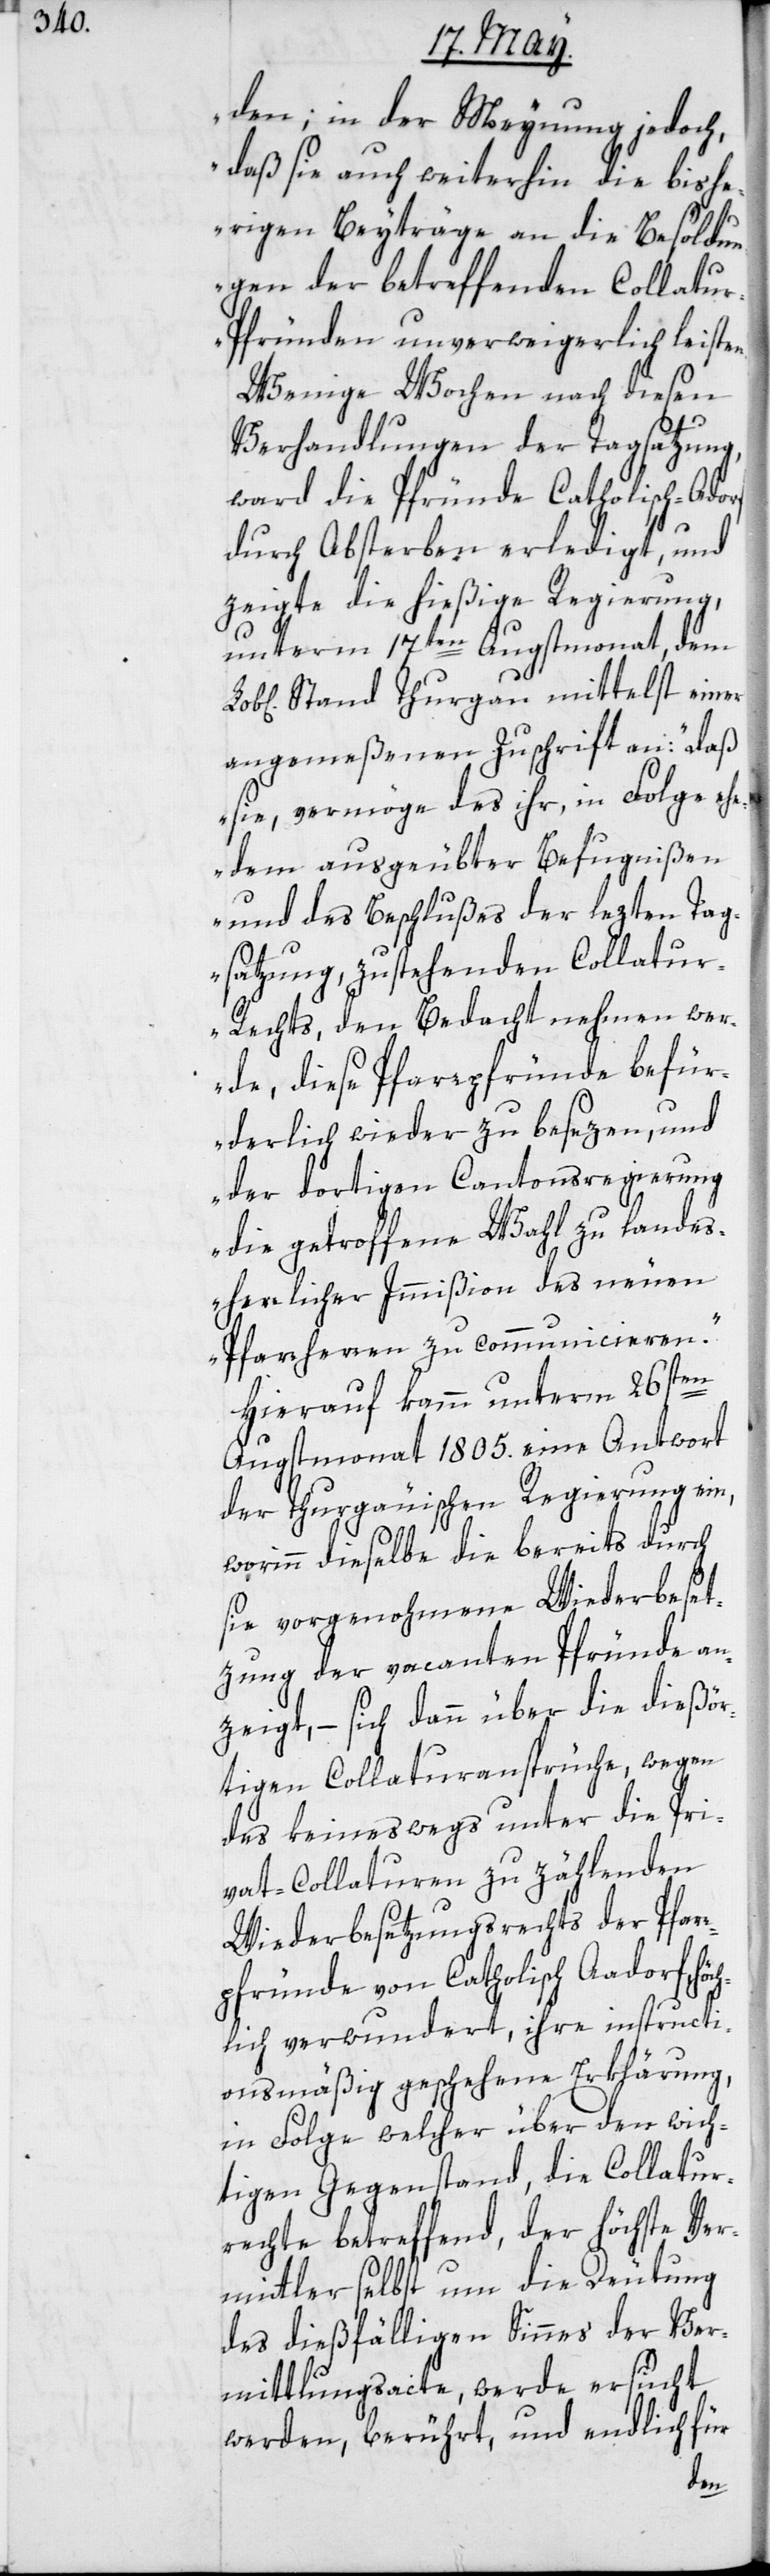
den; in der Meynung jedoch,
daß sie auch weiterhin die bishe¬
rigen Beyträge an die Besoldu¬
ngen der betreffenden Collatu¬
r-Pfründen unverweigerlich leiste¬
Wenige Wochen nach diesen
Verhandlungen der Tagsatzung,
ward die Pfründe Catholisch-Adorf
ch¬
durch Absterben erledigt, und
zeigte die hießige Regierung
unterm 17ten Augstmonat, dem
Stand Thurgau mittelst einer
angemeßenen Zuschrift an: „daß
sie vermöge des ihr in Folge eh¬
edem ausgeübter Befugnißen
und des Beschlußes der lezten Tag¬
satzung, zustehenden Collatu¬
r-Rechts, den Bedacht nehmen wer¬
de, diese Pfarrpfründe befür¬
derlich wieder zu besezen, und
der dortigen Cantonsregierung
die getroffene Wahl zu landes¬
herrlicher Immißion des neuen
Pfarrherren zu communicieren“.
Hierauf kamm unterm 26sten
Augstmonat 1805. eine Antwort
der Thurgäuischen Regierung ein,
worinn dieselbe die bereits durch
sie vorgenohmene Wiederbeset¬
zung der vacanten Pfründe an¬
zeigt, – sich dann über die dießör¬
tigen Collaturansprüche, wegen
des keineswegs unter die Pri¬
vat-Collaturen zu zählenden
Wiederbesetzungsrechts der Pfar¬
rpfründe von Catholisch Aadorf, hö¬
lich verwundert, ihre instructi¬
onsmäßig geschehene Erklärung,
in Folge welcher über den wich¬
tigen Gegenstand, die Collatur¬
rechte betreffend, der höchste Ver¬
mittler selbst um die Deutung
des dießfälligen Sinnes der Ver¬
mittlungsacte, werde ersucht
werden, berührt, und endlich für